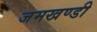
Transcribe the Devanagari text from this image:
जमखण्डी